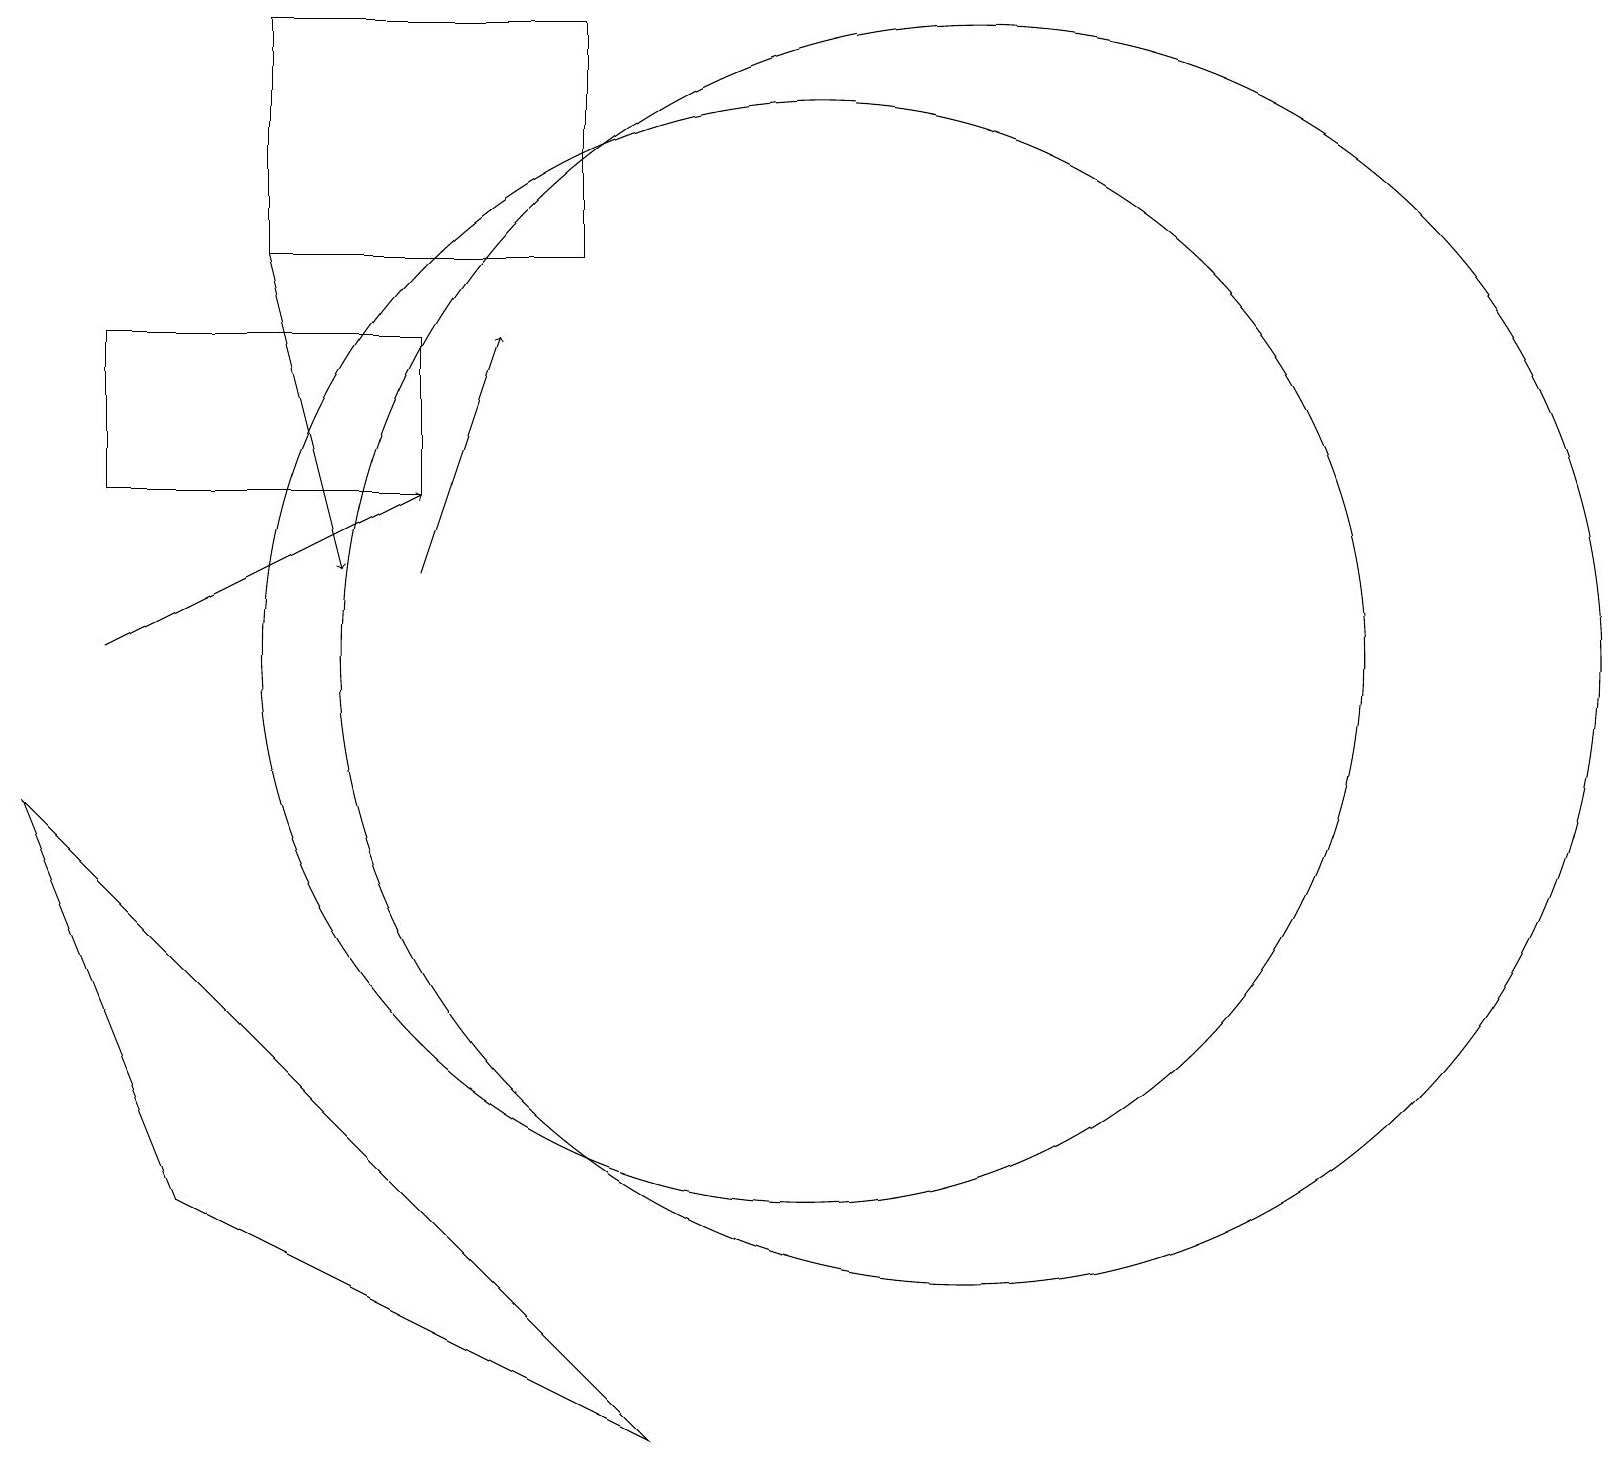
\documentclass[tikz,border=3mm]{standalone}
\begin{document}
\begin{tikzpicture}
\draw[->] (5,11) -- (6,14);
\draw (1,14) rectangle (5,12);
\draw (12,10) circle (8);
\draw (2,3) -- (0,8) -- (8,0) -- cycle;
\draw (7,18) rectangle (3,15);
\draw (10,10) circle (7);
\draw[->] (1,10) -- (5,12);
\draw[->] (3,15) -- (4,11);
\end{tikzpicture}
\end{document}